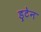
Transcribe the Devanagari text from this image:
ड्रटेन